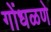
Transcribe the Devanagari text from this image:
गोंधळणे